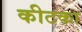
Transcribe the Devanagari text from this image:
कीटका